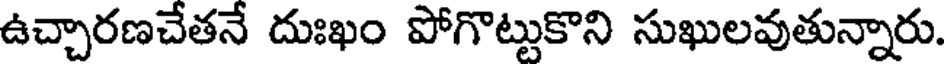
ఉచ్చారణచేతనే దుఃఖం పోగొట్టుకొని సుఖులవుతున్నారు.